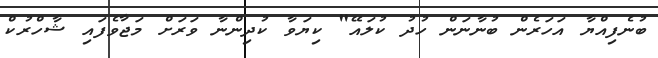
ބުނެފިއްޔާ އަހަރެން ބުނާނަން ހުދު ކުލައޭ" ކިޔަވާ ކުދިންނާ ވަރަށް މަޖާވެފައި ޝާހްރުކް